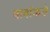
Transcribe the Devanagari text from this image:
बाबांकडे